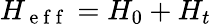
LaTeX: H_{\mathrm{~e~f~f~}}=H_{0}+H_{t}